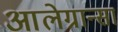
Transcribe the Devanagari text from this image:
आलेग्रान्सा